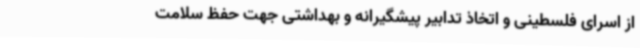
از اسرای فلسطینی و اتخاذ تدابیر پیشگیرانه و بهداشتی جهت حفظ سلامت